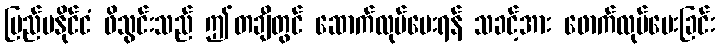
ပြည်ပနိုင်ငံ ဖိသွင်းသည် ဤတချီတွင် ဆောက်လုပ်ပေးရန် သခင့်အား ဖောက်လုပ်ပေးခြင်း